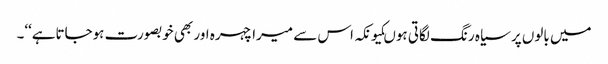
میں بالوں پر سیاہ رنگ لگاتی ہوںکیونکہ اس سے میرا چہرہ اور بھی خوبصورت ہوجاتاہے‘‘۔